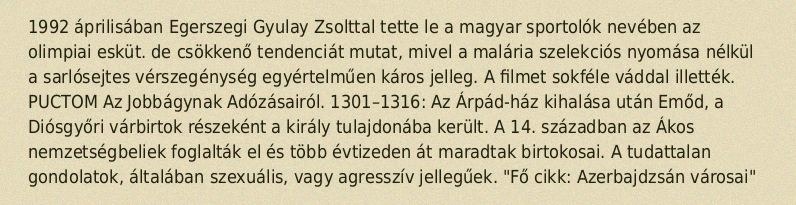
1992 áprilisában Egerszegi Gyulay Zsolttal tette le a magyar sportolók nevében az olimpiai esküt. de csökkenő tendenciát mutat, mivel a malária szelekciós nyomása nélkül a sarlósejtes vérszegénység egyértelműen káros jelleg. A filmet sokféle váddal illették. PUCTOM Az Jobbágynak Adózásairól. 1301–1316: Az Árpád-ház kihalása után Emőd, a Diósgyőri várbirtok részeként a király tulajdonába került. A 14. században az Ákos nemzetségbeliek foglalták el és több évtizeden át maradtak birtokosai. A tudattalan gondolatok, általában szexuális, vagy agresszív jellegűek. "Fő cikk: Azerbajdzsán városai"